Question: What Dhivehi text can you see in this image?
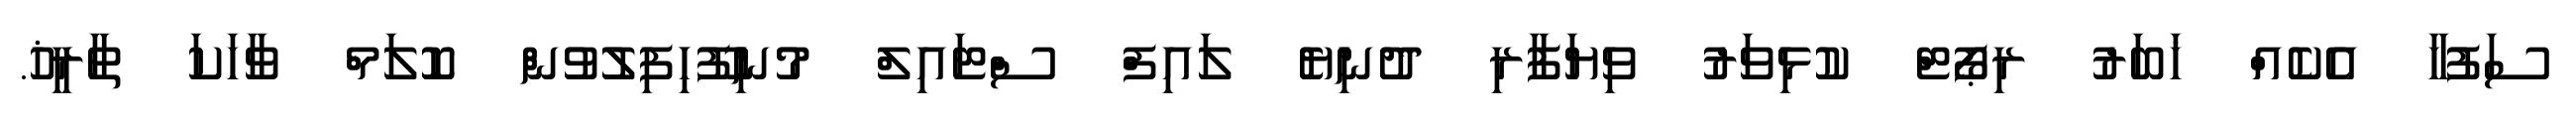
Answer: ސަފުހާ އެކެއް ޚަބަރު ރިޕޯޓް ކުޅިވަރު ވިޔަފާރި ދުނިޔެ ލައިފް ސްޓައިލް މުނިފޫހިފިލުވުން ކޮލަމް ވާހަކަ ތާރީޚު.